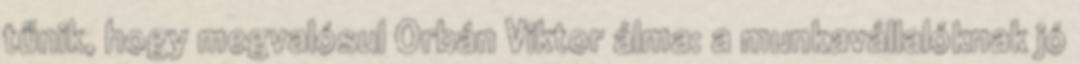
tűnik, hogy megvalósul Orbán Viktor álma: a munkavállalóknak jó